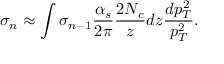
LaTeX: \sigma _ { n } \approx \int \sigma _ { n - 1 } \frac { \alpha _ { s } } { 2 \pi } \frac { 2 N _ { c } } { z } d z \frac { d p _ { T } ^ { 2 } } { p _ { T } ^ { 2 } } .